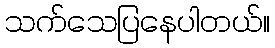
သက်သေပြနေပါတယ်။